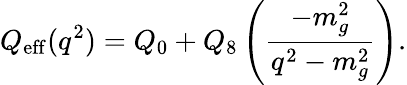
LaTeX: Q_{\mathrm{eff}}(q^{2})=Q_{0}+Q_{8}\left(\frac{-m_{g}^{2}}{q^{2}-m_{g}^{2}}\right).